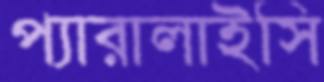
প্যারালাইসি